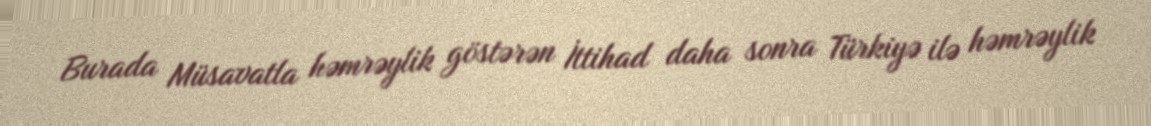
Burada Müsavatla həmrəylik göstərən İttihad daha sonra Türkiyə ilə həmrəylik